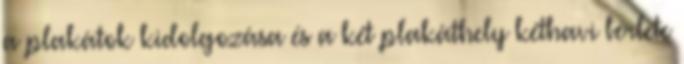
a plakátok kidolgozása és a két plakáthely kéthavi bérlete